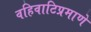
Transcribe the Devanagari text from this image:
वहिवाटिप्रमाणे